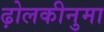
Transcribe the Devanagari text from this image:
ढ़ोलकीनुमा